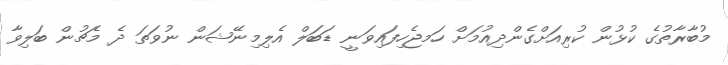
މުބާރާތުގެ ކުޅުން ކުރިއަށްގެންދިއުމަށް ހަމޖެހިފައިވަނީ ޑަބަލް އެލިމިނޭޝަން ނުވަތަ ދެ މެޗުން ބަލިވާ